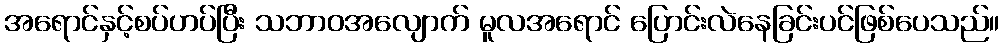
အရောင်နှင့်စပ်ဟပ်ပြီး သဘာဝအလျောက် မူလအရောင် ပြောင်းလဲနေခြင်းပင်ဖြစ်ပေသည်။